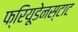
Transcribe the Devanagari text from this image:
फ्रियूडेनस्टाट